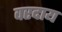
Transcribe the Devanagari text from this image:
वरदाय